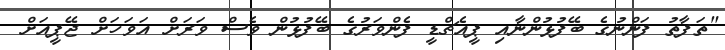
"ތަފާތު ފަންނުގެ ބޭފުޅުންނާއި ޕީއެޗްޑީ ފެންވަރުގެ ބޭފުޅުން ވެސް ވަރަށް އަވަހަށް ޖޭޕީއަށް